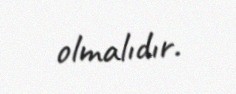
olmalıdır.